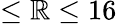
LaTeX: \leq\mathbb{R}\leq16